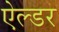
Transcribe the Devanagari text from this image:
ऐल्डर